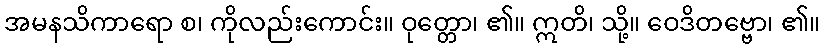
အမနသိကာရော စ၊ ကိုလည်းကောင်း။ ဝုတ္တော၊ ၏။ ဣတိ၊ သို့။ ဝေဒိတဗ္ဗော၊ ၏။